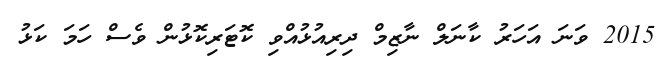
2015 ވަނަ އަހަރު ކާނަލް ނާޒިމް ދިރިއުޅުއްވި ކޮޓަރިކޮޅުން ވެސް ހަމަ ކަޅު